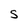
Character: S